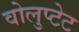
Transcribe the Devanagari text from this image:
वोलुप्टेट